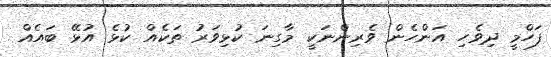
ފަހްމީ ދިވެހި އަންހެން ވެރިންނަކީ މާގިނަ ކުޅިވަރު ތަކެއް ކުޅެ އުޅޭ ބައެއް